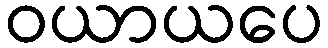
ဝယာယပေ